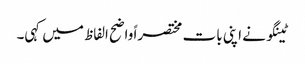
ٹینگو نے اپنی بات مختصراً واضح الفاظ میں کہی۔